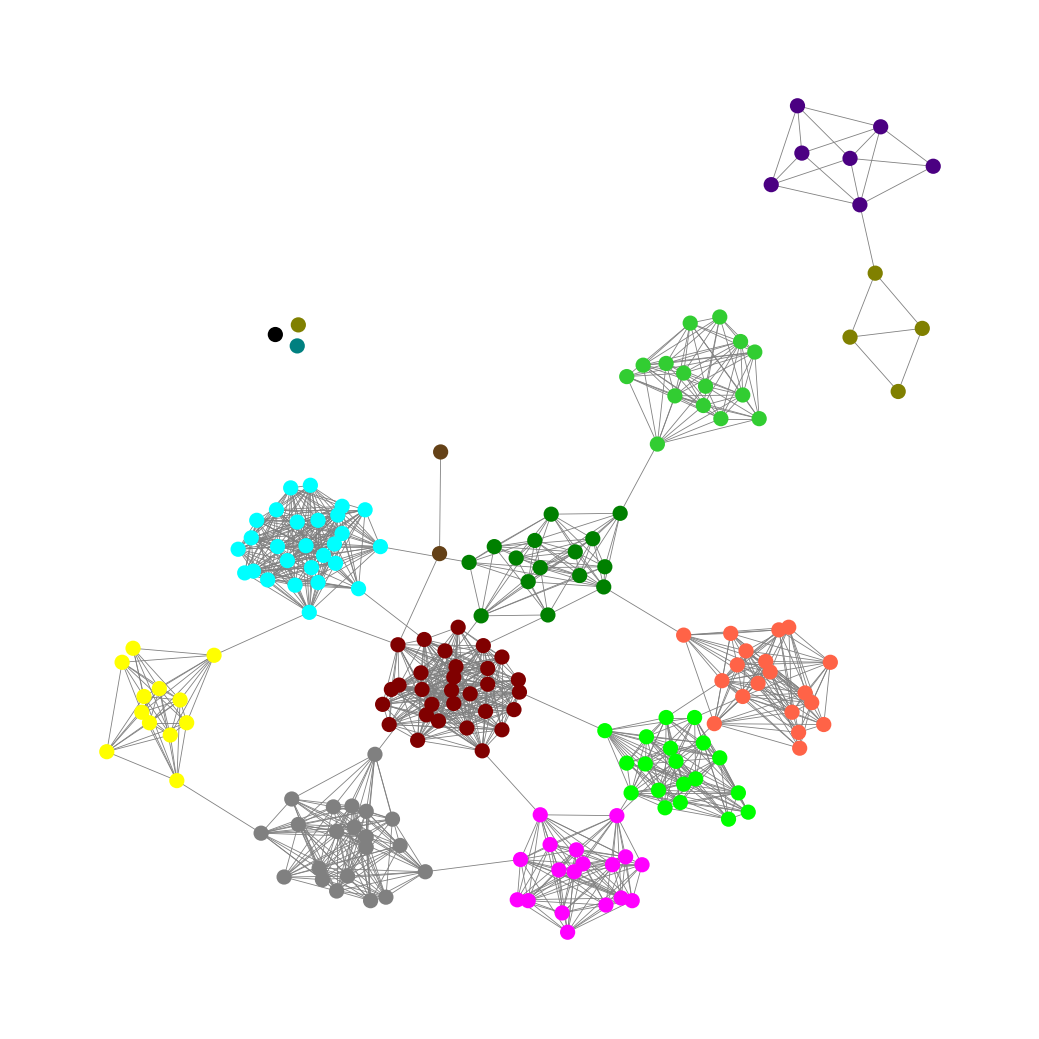
Graph connected: No
Number of connected components: 5
Number of singletons: 3
Total number of nodes: 192
Total number of edges: 1270
Number of communities: 14
Community sizes:
Aqua: 27
Black: 1
Fuchsia: 18
Gray: 21
Green: 15
Indigo: 7
Lime: 19
Lime Green: 15
Maroon: 30
Olive: 5
Pullman Brown: 2
Teal: 1
Tomato: 19
Yellow: 12
Graph layout: tda
Graph generation method: erdos_renyi